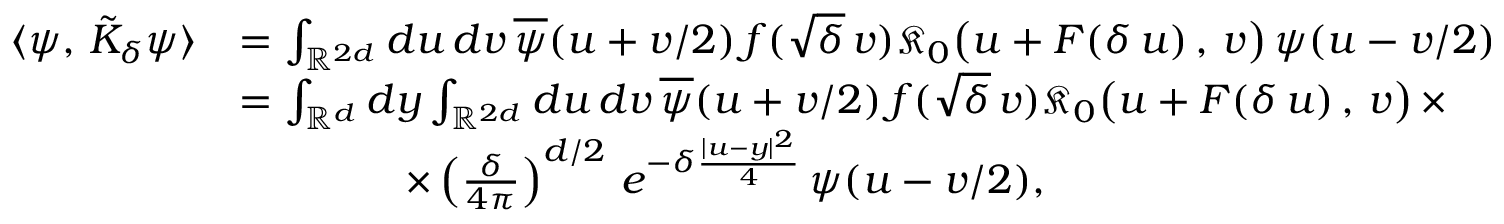
\begin{array} { r l } { \langle \psi , \, \tilde { K } _ { \delta } \psi \rangle } & { = \int _ { \mathbb { R } ^ { 2 d } } d u \, d v \, \overline { { \psi } } ( u + v / 2 ) \, f ( \sqrt { \delta } \, v ) \mathfrak { K } _ { 0 } \big ( u + F ( \delta \, u ) \, , \, v \big ) \, { \psi } ( u - v / 2 ) } \\ & { = \int _ { \mathbb { R } ^ { d } } d y \int _ { \mathbb { R } ^ { 2 d } } d u \, d v \, \overline { { \psi } } ( u + v / 2 ) \, f ( \sqrt { \delta } \, v ) \mathfrak { K } _ { 0 } \big ( u + F ( \delta \, u ) \, , \, v \big ) \, \times } \\ & { \qquad \qquad \times \left( \frac { \delta } { 4 \pi } \right) ^ { d / 2 } \, e ^ { - \delta \frac { | u - y | ^ { 2 } } { 4 } } \, { \psi } ( u - v / 2 ) , } \end{array}